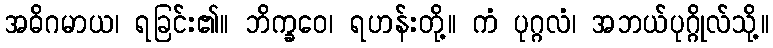
အဓိဂမာယ၊ ရခြင်း၏။ ဘိက္ခဝေ၊ ရဟန်းတို့။ ကံ ပုဂ္ဂလံ၊ အဘယ်ပုဂ္ဂိုလ်သို့။